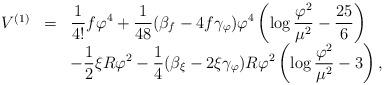
LaTeX: \begin{align*}\begin{array}{lll}V^{(1)}&=&\displaystyle{1 \over 4!} f\varphi^4+{1 \over 48} (\beta_f -4f \gamma_{\varphi}) \varphi^4\left( \log {\varphi^2 \over \mu^2 } - {25 \over 6} \right) \\&&\displaystyle-{1 \over 2}\xi R \varphi^2-{1 \over 4} (\beta_{\xi} -2\xi \gamma_{\varphi}) R \varphi^2\left( \log {\varphi^2 \over \mu^2 } -3 \right),\end{array}\end{align*}